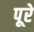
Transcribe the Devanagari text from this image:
पूरे